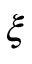
\xi